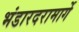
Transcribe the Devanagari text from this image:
भंडारदरामार्गे